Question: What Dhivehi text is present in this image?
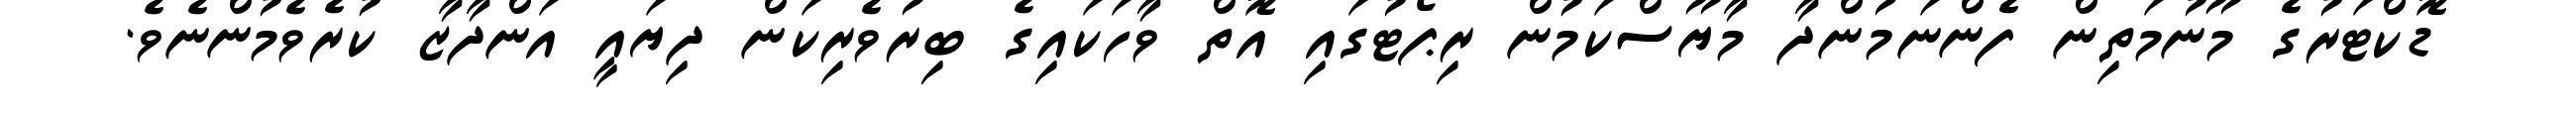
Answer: ޑޮކްޓަރުގެ މޫނުމަތިން ފެންނަމުންދާ މާޔޫސްކަމުން ރިޕޯޓުގައި އޮތް ވާހަކައިގެ ބިރުވެރިކަން ދިޔައީ އަންދާޒާ ކުރެވެމުންނެވެ.